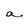
Character: a